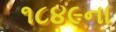
૧૮૪૯ના